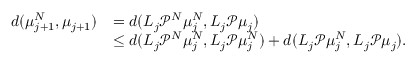
\begin{array} { r l } { d ( \mu _ { j + 1 } ^ { N } , \mu _ { j + 1 } ) } & { = d ( L _ { j } \mathcal { P } ^ { N } \mu _ { j } ^ { N } , L _ { j } \mathcal { P } \mu _ { j } ) } \\ & { \leq d ( L _ { j } \mathcal { P } ^ { N } \mu _ { j } ^ { N } , L _ { j } \mathcal { P } \mu _ { j } ^ { N } ) + d ( L _ { j } \mathcal { P } \mu _ { j } ^ { N } , L _ { j } \mathcal { P } \mu _ { j } ) . } \end{array}